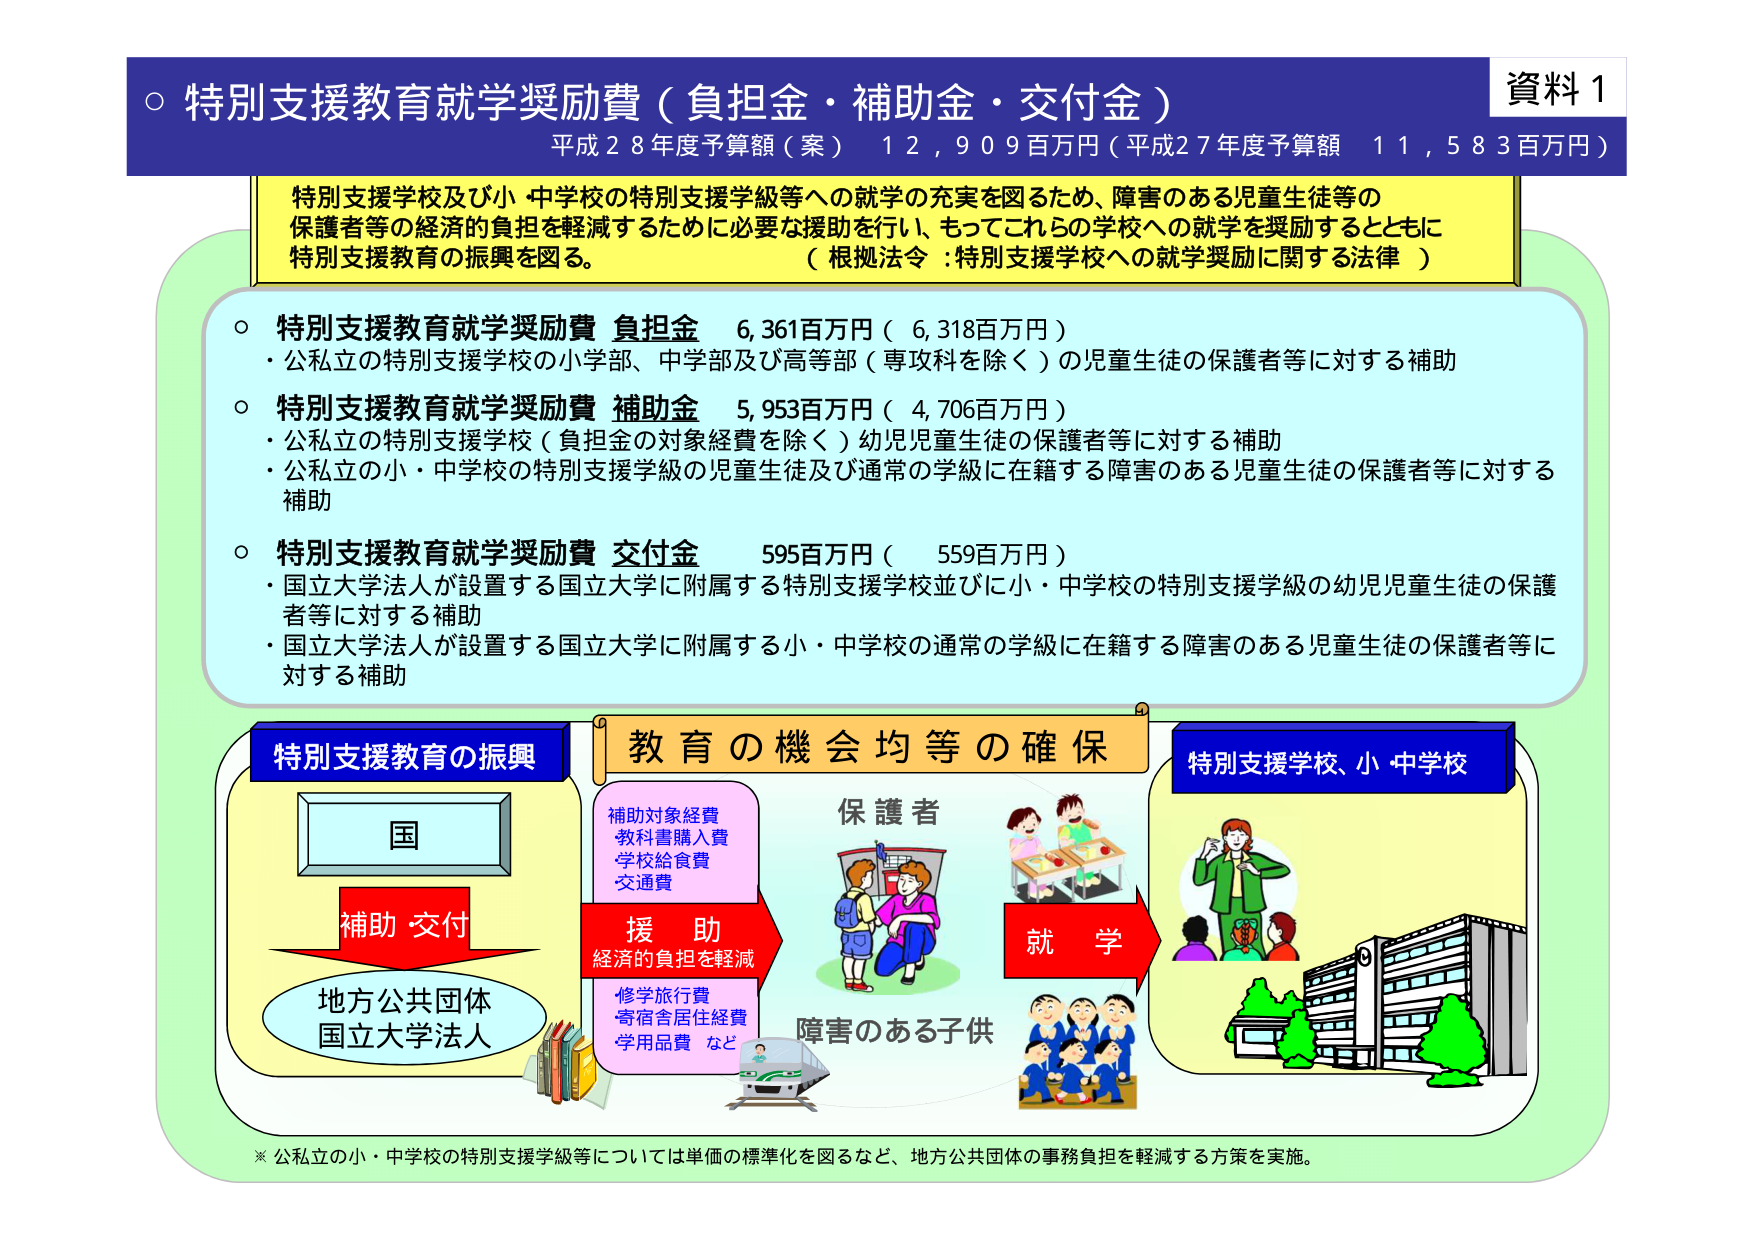
○ 特別支援教育就学奨励費（負担金・補助金・交付金）
平成２８年度予算額（案） １２，９０９百万円（平成２７年度予算額 １１，５８３百万円）

特別支援学校及び小・中学校の特別支援学級等への就学の充実を図るため、障害のある児童生徒等の
保護者等の経済的負担を軽減するために必要な援助を行い、もってこれらの学校への就学を奨励するとともに
特別支援教育の振興を図る。
（根拠法令：特別支援学校への就学奨励に関する法律）

○ 特別支援教育就学奨励費 負担金 ６,３６１百万円（６,３１８百万円）
・公私立の特別支援学校の小学部、中学部及び高等部（専攻科を除く）の児童生徒の保護者等に対する補助

○ 特別支援教育就学奨励費 補助金 ５,９５３百万円（４,７０６百万円）
・公私立の特別支援学校（負担金の対象経費を除く）幼児児童生徒の保護者等に対する補助
・公私立の小・中学校の特別支援学級の児童生徒及び通常の学級に在籍する障害のある児童生徒の保護者等に対する補助

○ 特別支援教育就学奨励費 交付金 ５９５百万円（５５９百万円）
・国立大学法人が設置する国立大学に附属する特別支援学校並びに小・中学校の特別支援学級の幼児児童生徒の保護者等に対する補助
・国立大学法人が設置する国立大学に附属する小・中学校の通常の学級に在籍する障害のある児童生徒の保護者等に対する補助

特別支援教育の振興
国
補助・交付
地方公共団体
国立大学法人

教育の機会均等の確保
補助対象経費
教科書購入費
学校給食費
交通費
援助
経済的負担を軽減
修学旅行費
寄宿舎居住経費
学用品費 など
保護者
就学
障害のある子供

特別支援学校、小・中学校

※ 公私立の小・中学校の特別支援学級等については単価の標準化を図るなど、地方公共団体の事務負担を軽減する方策を実施。

資料１